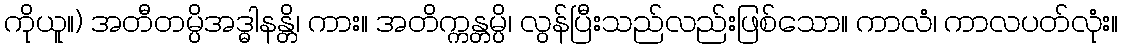
ကိုယူ။) အတီတမ္ပိအဒ္ဓါနန္တိ၊ ကား။ အတိက္ကန္တမ္ပိ၊ လွန်ပြီးသည်လည်းဖြစ်သော။ ကာလံ၊ ကာလပတ်လုံး။